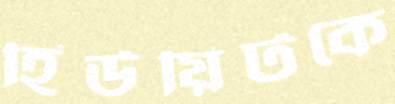
হিউয়িটকে